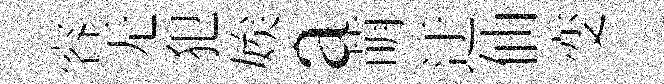
容无犯娭a萌迂仙变